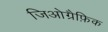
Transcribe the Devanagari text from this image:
जिओग्रैफ़िक